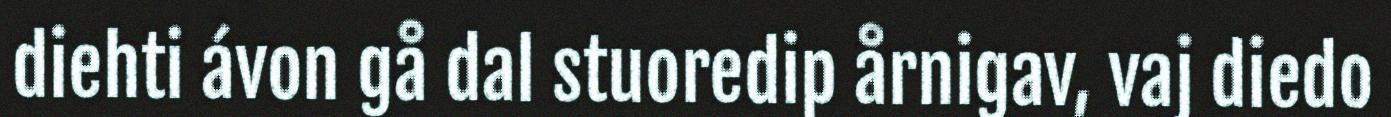
diehti ávon gå dal stuoredip årnigav, vaj diedo